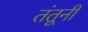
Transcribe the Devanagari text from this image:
तंतूनी